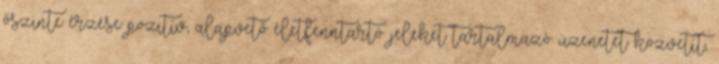
őszinte érzése pozitív, alapvető életfenntartó jeleket tartalmazó üzenetet közvetít,